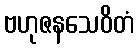
ဗဟုဇနသေဝိတံ